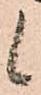
候